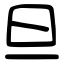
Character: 旦